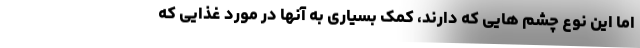
اما این نوع چشم هایی که دارند، کمک بسیاری به آنها در مورد غذایی که